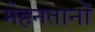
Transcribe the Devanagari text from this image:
मेहनतानों